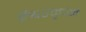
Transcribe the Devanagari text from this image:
ईश्वरकृपेने